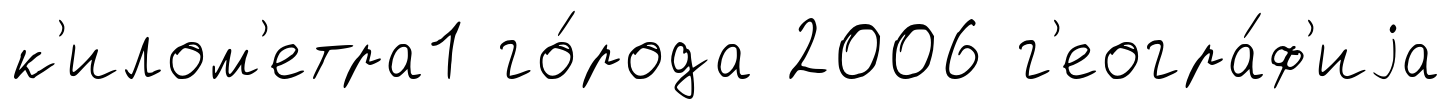
к'илом'етра1 го́рода 2006 г'еогра́ф'иjа